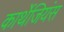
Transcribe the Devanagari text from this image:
कार्थेजियंस